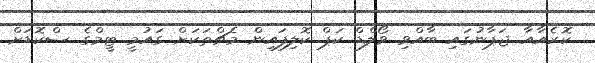
ކޮރެއާއާ ޖަޕާނުގައި ބާއްވި ވޯލްޑް ކަޕް ކޮލިފައިން މެޗްތަކަށް ގައުމީ ޓީމްގެ ސްކޮޑަށް